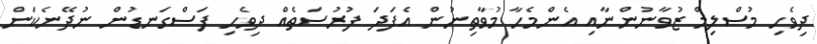
ދިވެހި މުސްލިމް ޒުވާނުންނާއި އެންމެހާ މުވާތިނުން އެފަދަ ފުރުސަތެއް ދިވެހި ފަސްގަނޑުން ނުދޭނެކަން